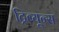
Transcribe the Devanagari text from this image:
ट्रिब्यून्स